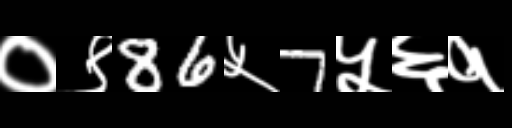
Text: ०९86५7५६१